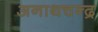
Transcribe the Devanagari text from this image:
अनाथचन्द्र